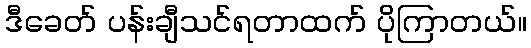
ဒီခေတ် ပန်းချီသင်ရတာထက် ပိုကြာတယ်။